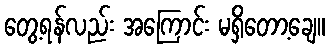
တွေ့ရန်လည်း အကြောင်း မရှိတော့ချေ။